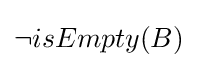
\lnot isEmpty(B)